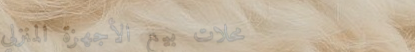
محلات بيع الأجهزة المنزلي